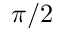
\pi / 2